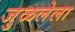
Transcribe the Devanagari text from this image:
जुळलेला